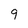
Character: 9